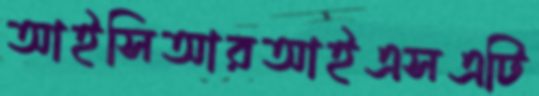
আইসিআরআইএসএটি